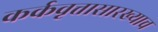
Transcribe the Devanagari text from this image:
कर्कवृत्तासारख्याच